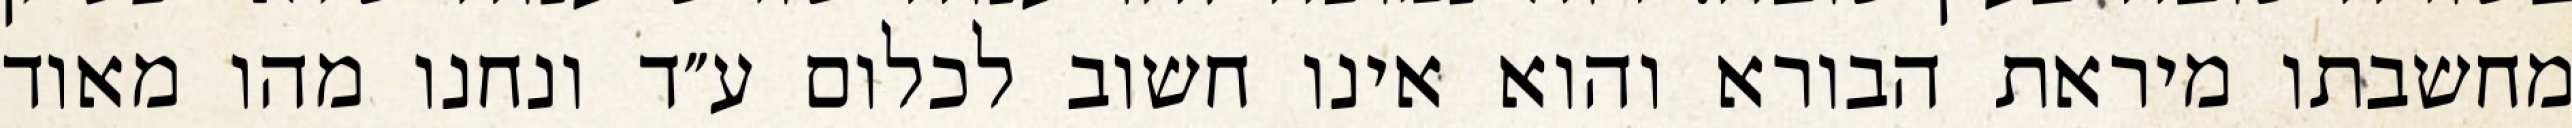
מחשבתו מיראת הבורא והוא אינו חשוב לכלום ע״ד ונחנו מהו מאוד